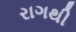
રાગથી